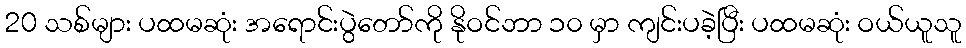
20 သစ်များ ပထမဆုံး အရောင်းပွဲတော်ကို နိုဝင်ဘာ ၁၀ မှာ ကျင်းပခဲ့ပြီး ပထမဆုံး ဝယ်ယူသူ